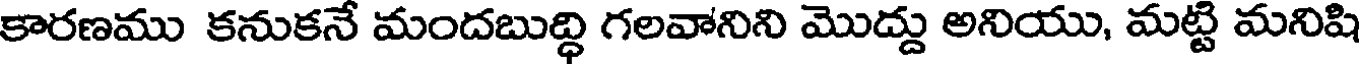
కారణము కనుకనే మందబుద్ధి గలవానిని మొద్దు అనియు, మట్టి మనిషి